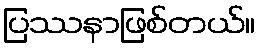
ပြဿနာဖြစ်တယ်။